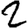
Digit: 2